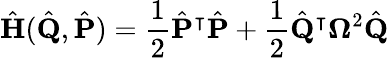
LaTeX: \hat{\mathbf{H}}(\hat{\mathbf{Q}},\hat{\mathbf{P}})=\frac{1}{2}\hat{\mathbf{P}}^{\intercal}\hat{\mathbf{P}}+\frac{1}{2}\hat{\mathbf{Q}}^{\intercal}\boldsymbol{\Omega}^{2}\hat{\mathbf{Q}}